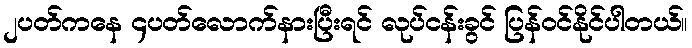
၂ပတ်ကနေ ၄ပတ်လောက်နားပြီးရင် လုပ်ငန်းခွင် ပြန်ဝင်နိုင်ပါတယ်။